Indian journal of veterinary science and animal husbandry - Volumes 15-17, 1948-1951
Year: 1948
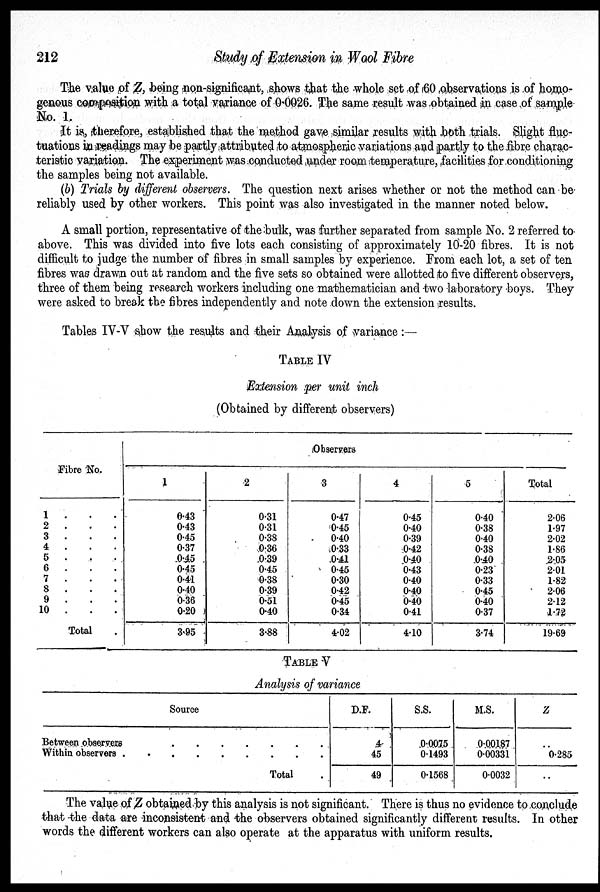
212
Study of Extension in Wool Fibre
The value of Z, being non-significant, shows that the whole set of 60 observations is of homo-
genous composition with a total variance of 0.0026. The same result was obtained in case of sample
No. 1.
It is, therefore, established that the method gave similar results with both trials. Slight fluc-
tuations in readings may be partly attributed to atmospheric variations and partly to the fibre charac-
teristic variation. The experiment was conducted under room temperature, facilities for conditioning
the samples being not available.
(b) Trials by different observers. The question next arises whether or not the method can be
reliably used by other workers. This point was also investigated in the manner noted below.
A small portion, representative of the bulk, was further separated from sample No. 2 referred to
above. This was divided into five lots each consisting of approximately 10-20 fibres. It is not
difficult to judge the number of fibres in small samples by experience. From each lot, a set of ten
fibres was drawn out at random and the five sets so obtained were allotted to five different observers,
three of them being research workers including one mathematician and two laboratory boys. They
were asked to break the fibres independently and note down the extension results.
Tables IV-V show the results and their Analysis of variance:—
TABLE IV
Extension per unit inch
(Obtained by different observers)
Fibre No.
1 . . .
2 . . .
3 . . .
4 . . .
5 . . .
6 . . .
7 . . .
8 . . .
9 . . .
10 . . .
Total .
Observers
1
e.43
0.43
0.45
0.37
0.45
0.45
0.41
0.40
0.36
0.20
3.95
2
0.31
0.31
0.38
0.36
0.39
0.45
0.38
0.39
0.51
0.40
3.88
3
0.47
0.45
0.40
0.33
0.41
0.45
0.30
0.42
0.45
0.34
4.02
4
0.45
0.40
0.39
0.42
0.40
0.43
0.40
0.40
0.40
0.41
4.10
5
0.40
0.38
0.40
0.38
0.40
0.23
0.33
0.45
0.40
0.37
3.74
Total
2.06
1.97
2.02
1.86
2.05
2.01
1.82
2.06
2.12
1.72
19.69
TABLE V
Analysis of variance
Source
Between observers . . . . . . . . . . . .
Within observers . . . . . . . . . . . .
Total .
D.F.
4
45
49
S.S.
0.0075
0.1493
0.1568
M.S.
0.00187
0.00331
0.0032
Z
..
0.285
..
The value of Z obtained by this analysis is not significant. There is thus no evidence to conclude
that the data are inconsistent and the observers obtained significantly different results. In other
words the different workers can also operate at the apparatus with uniform results.